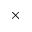
\times